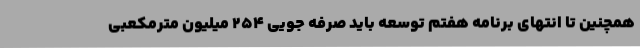
همچنین تا انتهای برنامه هفتم توسعه باید صرفه جویی ۲۵۴ میلیون مترمکعبی